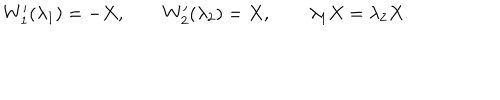
W _ { 1 } ^ { \prime } ( \lambda _ { 1 } ) = - X , \qquad W _ { 2 } ^ { \prime } ( \lambda _ { 2 } ) = X , \qquad \lambda _ { 1 } X = \lambda _ { 2 } X .